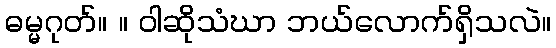
ဓမ္မဂုတ်။ ။ ဝါဆိုသံဃာ ဘယ်လောက်ရှိသလဲ။